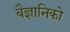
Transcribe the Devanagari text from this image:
बैज्ञानिको